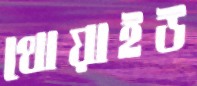
থোয়াইউ